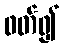
ဖတ်၍